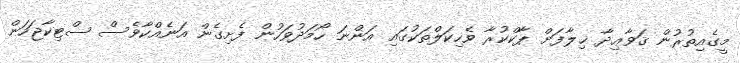
މީގެއިތުރުން ޤަވާޢިދާ ޚިލާފަށް ޕާކްކުރާ ވެހިކަލްތަކުގައި އަންނަ ހޯމަދުވަހުން ފެށިގެން އަނެއްކާވެސް ސްޓިކާޖަހަން